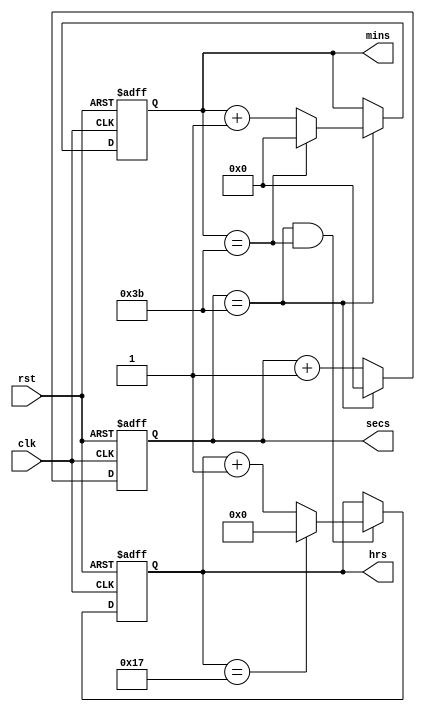
module dut(hrs, mins, secs, clk, rst);
output [4:0] hrs;
output [5:0] mins, secs;
input clk, rst;
reg [4:0] hrs;
reg [5:0] mins, secs;

always @(posedge clk or posedge rst)
begin
	if(rst) secs <= 6'd0;
	else	secs <= (secs==6'd59) ? 6'd0 : (secs+6'd1);
end

always @(posedge clk or posedge rst)
begin
	if(rst) mins <= 6'd0;
	else
		begin
			if(secs==6'd59) mins <= (mins==6'd59) ? 6'd0 : (mins+6'd1);
			else	mins <= mins;
		end
end

always @(posedge clk or posedge rst)
begin
	if(rst) hrs <= 5'd0;
	else
		begin
			if(secs==6'd59 && mins==6'd59) hrs <= (hrs==5'd23) ? 5'd0 : (hrs+5'd1);
			else	hrs <= hrs;
		end
end

endmodule